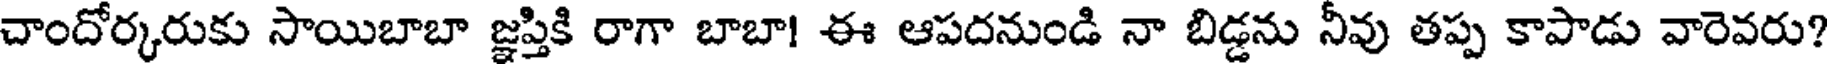
చాందోర్కరుకు సాయిబాబా జ్ఞప్తికి రాగా బాబా! ఈ ఆపదనుండి నా బిడ్డను నీవు తప్ప కాపాడు వారెవరు?